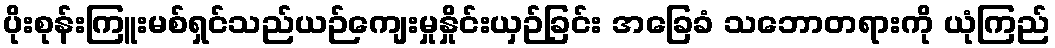
ပိုးစုန်းကြူးမစ်ရှင်သည်ယဉ်ကျေးမှုနှိုင်းယှဉ်ခြင်း အခြေခံ သဘောတရားကို ယုံကြည်